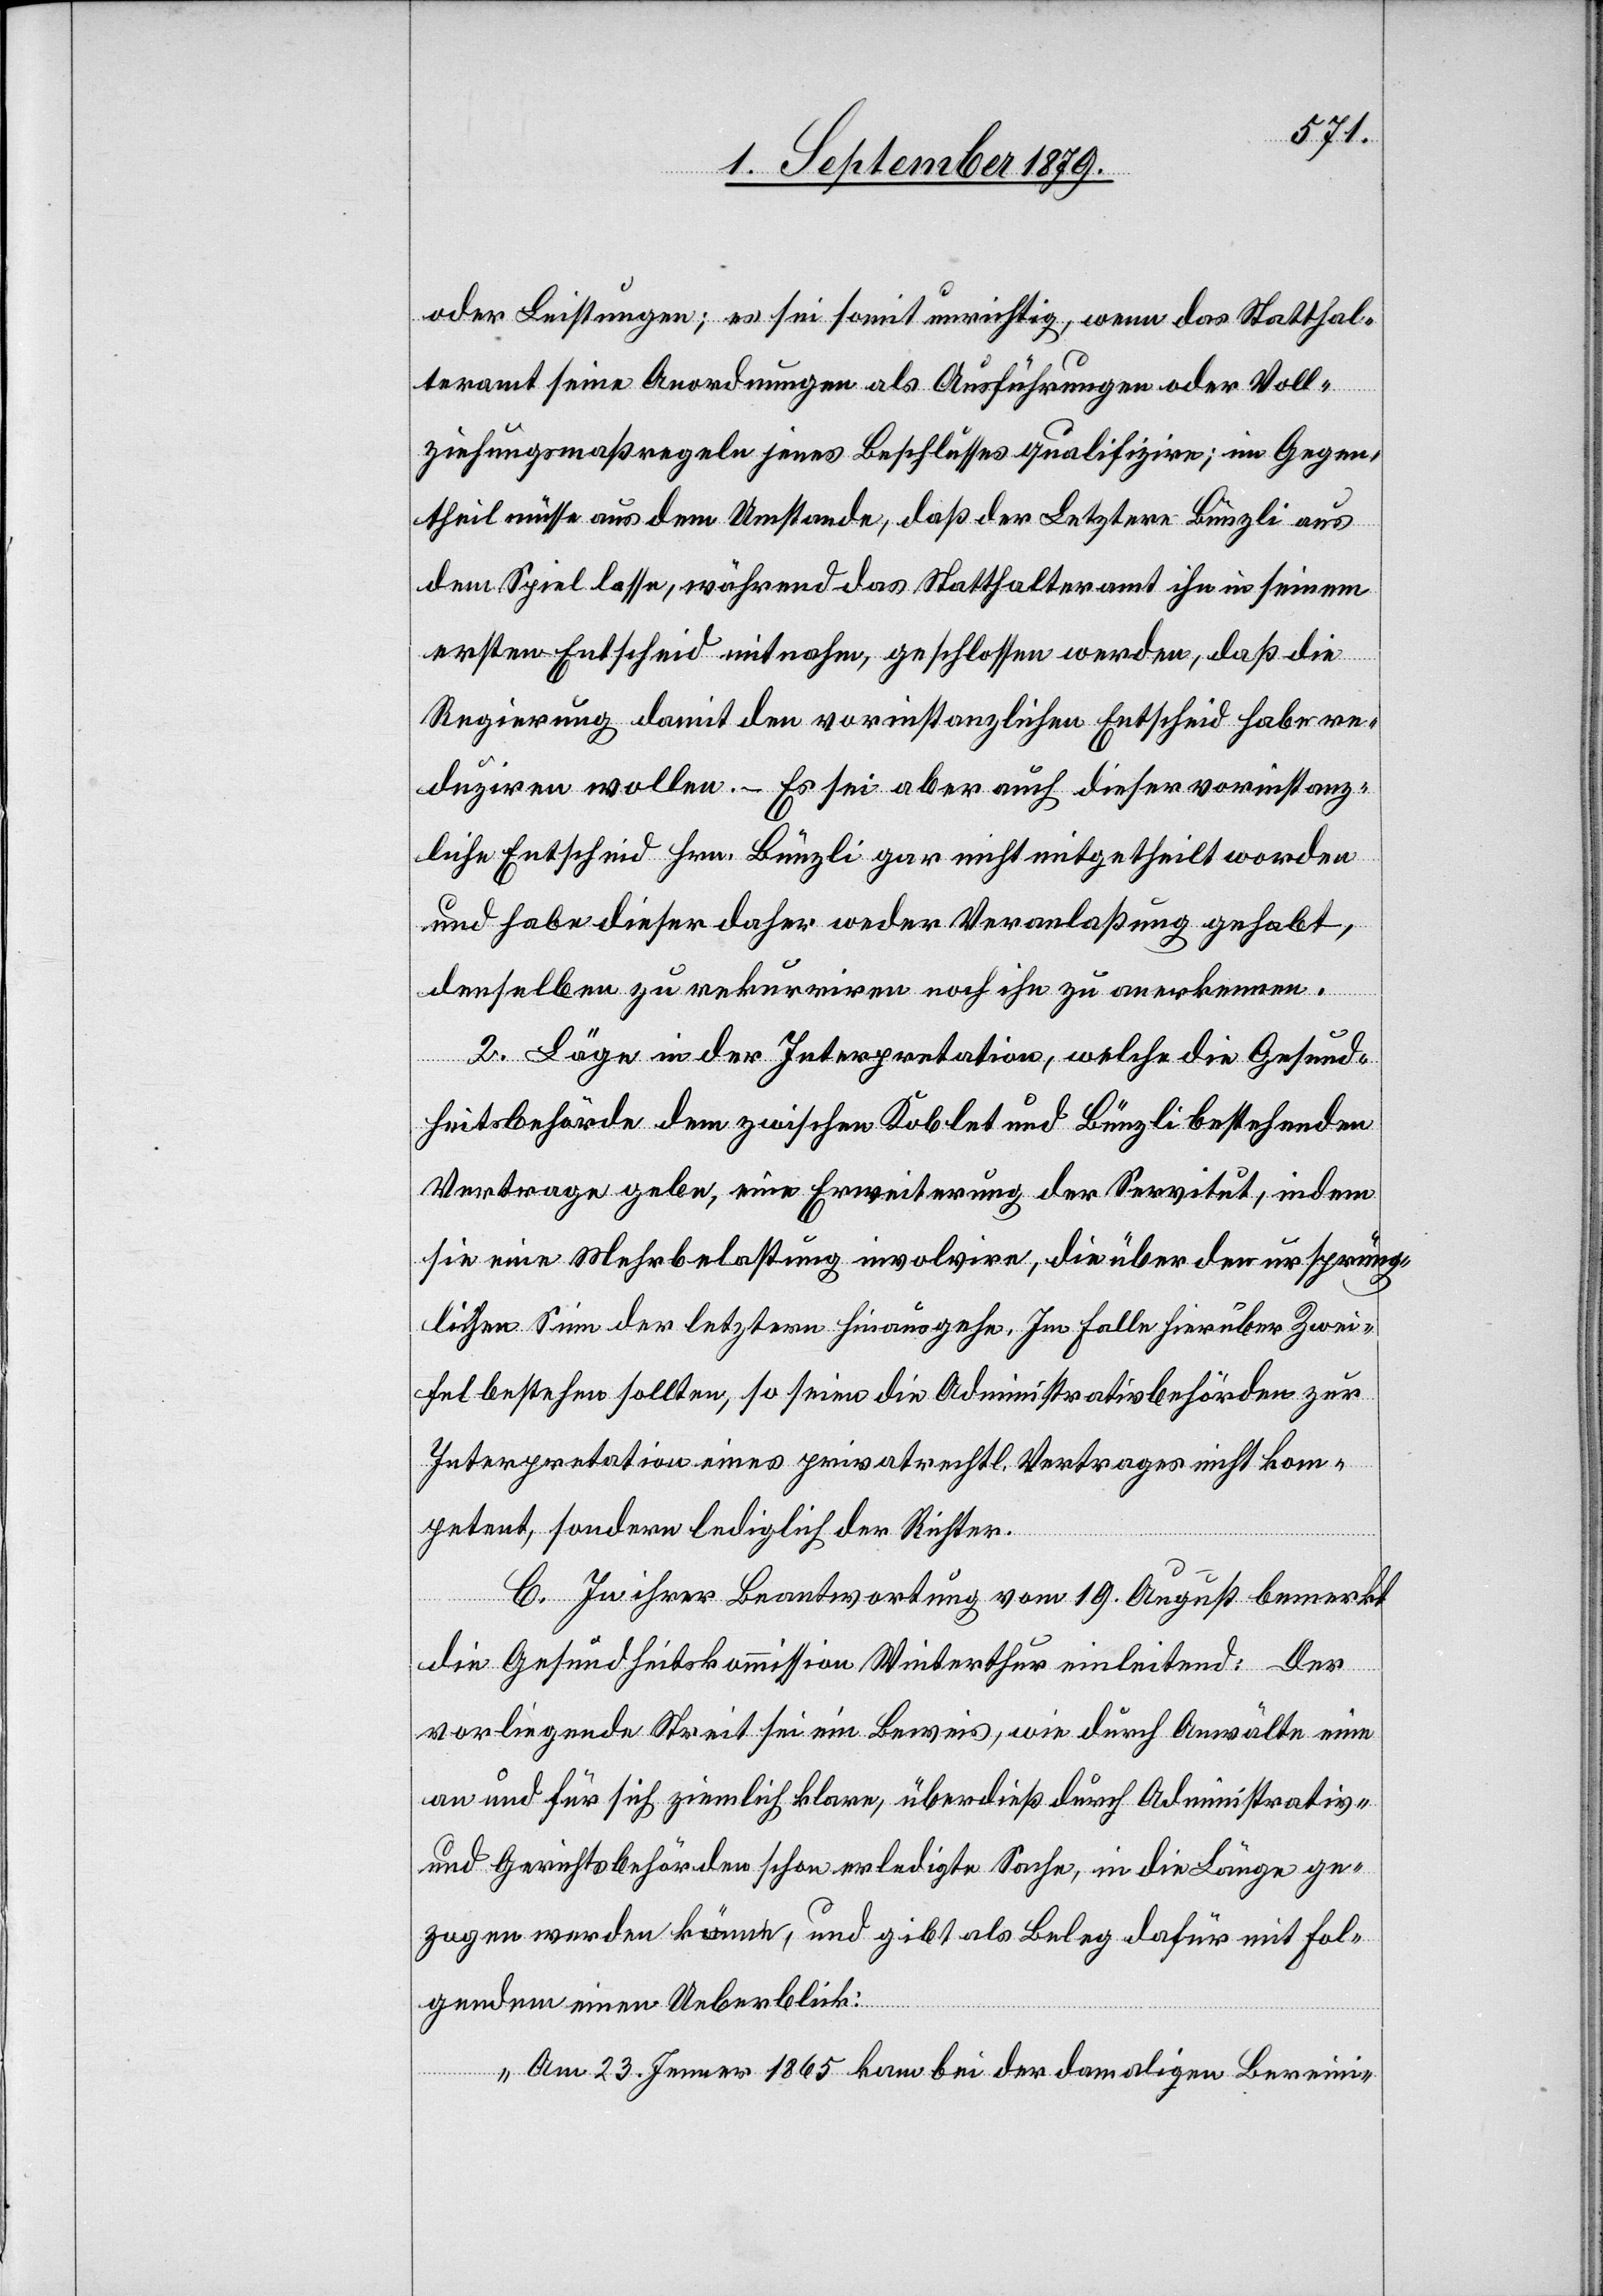
oder Leistungen; es sei somit unrichtig, wenn das Statthal¬
teramt seine Anordnungen als Ausführungen oder Voll¬
ziehungsmaßregeln jenes Beschlusses qualifizire; im Gegen¬
theil müsse aus dem Umstande, daß der Letztere Bünzli aus
dem Spiel lasse, während das Statthalteramt ihn in seinem
ersten Entscheid mitnahm, geschlossen werden, daß die
Regierung damit den vorinstanzlichen Entscheid habe re¬
duziren wollen. – Es sei aber auch dieser vorinstanz¬
liche Entscheid Hrn. Bünzli gar nicht mitgetheilt worden
und habe dieser daher weder Veranlaßung gehabt,
denselben zu rekurriren noch ihn zu anerkennen.
2. Läge in der Interpretation, welche die Gesund¬
heitsbehörde dem zwischen Koblet und Bünzli bestehenden
Vertrag gebe, eine Erweiterung der Servitut, indem
sie eine Mehrbelastung involvire, die über der ursprüng¬
lichen Sinn der letztern hinausgehe. Im Falle hierüber Zwei¬
fel bestehen sollten, so seien die Administrativbehörden zur
Interpretation eines privatrechtl. Vertrages nicht kom¬
petent, sondern lediglich der Richter.
C. In ihrer Beantwortung vom 19. August bemerkt
die Gesundheitskommission Winterthur einleitend: Der
vorliegende Streit sei ein Beweis, wie durch Anwälte eine
an und für sich ziemlich klare, überdieß durch Administrativ-
und Gerichtsbehörden schon erledigte Sache, in die Länge ge¬
zogen werden könne, und gibt als Beleg dafür mit fol¬
gendem einen Ueberblick:
„Am 23. Jenner 1865 kam bei der damaligen Bereini-